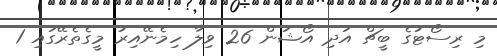
މި ރިސޯޓުގެ ބީޗް އަދި އޯޝަން 26 ވިލާ ހިމެނޭއިރު މީގެތެރޭގައި 1